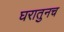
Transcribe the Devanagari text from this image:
घरातुनच